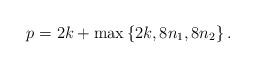
LaTeX: \begin{align*}p=2k+\max\left\{2k,8n_1,8n_2 \right\}.\end{align*}